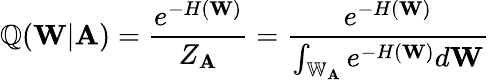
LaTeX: \mathbb{Q}(\mathbf{{W}}|\mathbf{{A}})=\frac{{e^{-H(\mathbf{{W}})}}}{{Z_{\mathbf{{A}}}}}=\frac{{e^{-H(\mathbf{{W}})}}}{{\int_{\mathbb{{W}}_{\mathbf{{A}}}}e^{-H(\mathbf{{W}})}d\mathbf{{W}}}}